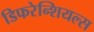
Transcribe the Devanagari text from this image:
डिफरेन्शियल्स